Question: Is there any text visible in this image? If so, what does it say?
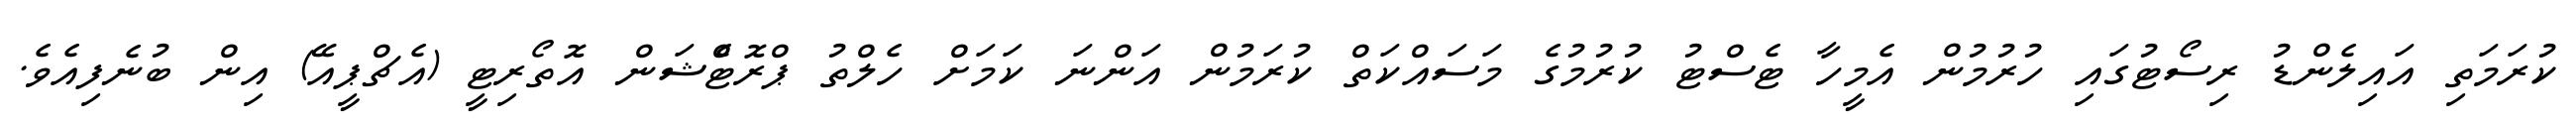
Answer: ކުރަމަތި އައިލެންޑު ރިސޯޓުގައި ހުރުމުން އެމީހާ ޓެސްޓު ކުރުމުގެ މަސައްކަތް ކުރަމުން އަންނަ ކަމަށް ހެލްތު ޕްރޮޓެްޝަން އޮތޯރިޓީ (އެޗްޕީއޭ) އިން ބުނެފިއެވެ.